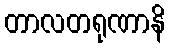
တာလတရုဏာနိ